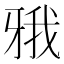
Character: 𤘋